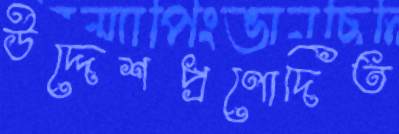
উদ্দেশপ্রণোদিত